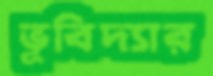
ভূবিদ্যার